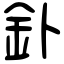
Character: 釙